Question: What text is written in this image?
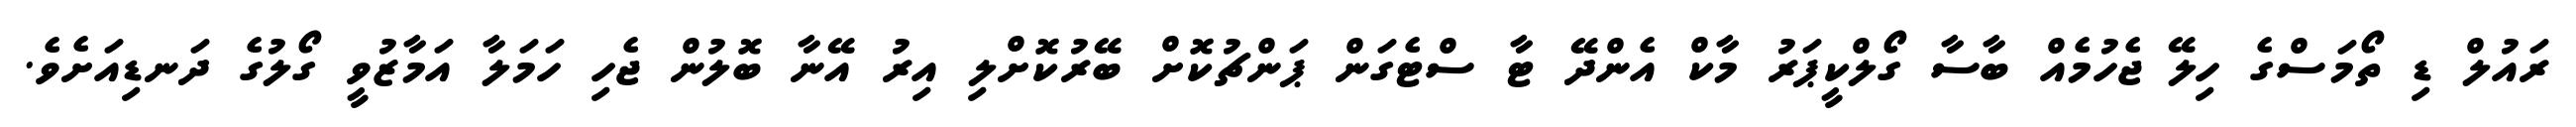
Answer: ރައުލް ޑި ތޯމަސްގެ ހިލޭ ޖެހުމެއް ބާސާ ގޯލްކީޕަރު މާކް އެންދޭ ޓާ ސްޓެގަން ޕަންޗުކޮށް ބޭރުކޮށްލި އިރު އޭނާ ބޮލުން ޖެހި ހަމަލާ އަމާޒުވީ ގޯލުގެ ދަނޑިއަށެވެ.